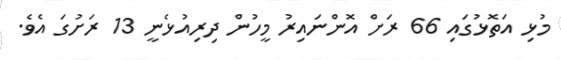
މުޅި އަތޮޅުގައި 66 ރަށް އޮންނައިރު މީހުން ދިރިއުޅެނީ 13 ރަށުގަ އެވެ.